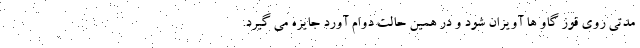
مدتی روی قوز گاو ها آویزان شود و در همین حالت دوام آورد جایزه می گیرد.